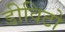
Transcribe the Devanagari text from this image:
डीविटो